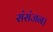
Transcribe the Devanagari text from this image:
संसंजन।